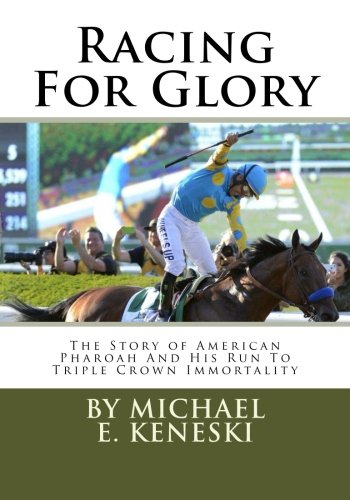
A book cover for Racing For Glory:  The Story of American Pharoah And His Run To Triple Crown Immortality; Michael Keneski; Sports & Outdoors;